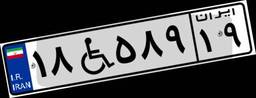
۱۸W۵۸۹۱۹